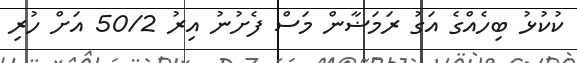
ކުކުޅު ބިހެއްގެ އަގު ރަމަޟާން މަސް ފެށުނު އިރު 50/2 އަށް ހުރި